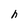
Character: h